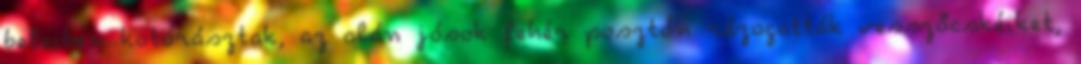
beleiben kotorásztak, az alán jósok fehér posztón rázogatták vesszőcskéiket,